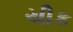
ચીક